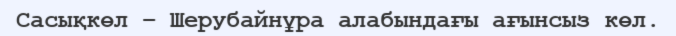
Сасықкөл – Шерубайнұра алабындағы ағынсыз көл.